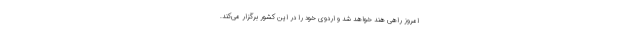
امروز راهی هند خواهد شد و اردوی خود را در این کشور برگزار می‌کند.